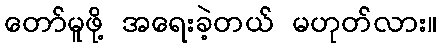
တော်မူဖို့ အရေးခဲ့တယ် မဟုတ်လား။